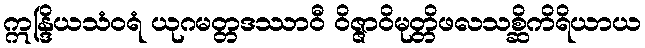
ဣန္ဒြိယသံဝရံ ယုဂမတ္တဒဿာဝီ ဝိဇ္ဇာဝိမုတ္တိဖလသစ္ဆိကိရိယာယ